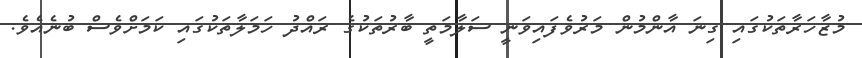
މުޒާހަރާތަކުގައި ގިނަ އާންމުން މަރުވެފައިވަނީ ސަލާމަތީ ބާރުތަކުގެ ރައްދު ހަމަލާތަކުގައި ކަމަށްވެސް ބުނެއެވެ.